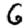
Digit: 6